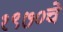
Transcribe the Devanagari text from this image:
१९७०चे